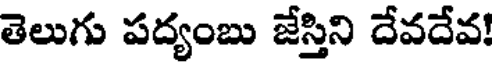
తెలుగు పద్యంబు జేస్తిని దేవదేవ!